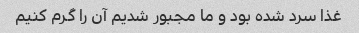
غذا سرد شده بود و ما مجبور شدیم آن را گرم کنیم